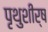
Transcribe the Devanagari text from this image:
पृथुशीर्ष